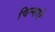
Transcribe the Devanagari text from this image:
चिन्मयी